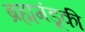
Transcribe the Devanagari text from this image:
ब्रह्ममंडूकी